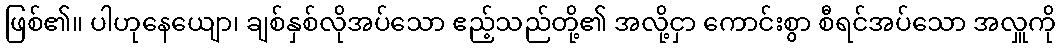
ဖြစ်၏။ ပါဟုနေယျော၊ ချစ်နှစ်လိုအပ်သော ဧည့်သည်တို့၏ အလို့ငှာ ကောင်းစွာ စီရင်အပ်သော အလှူကို